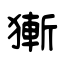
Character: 獑